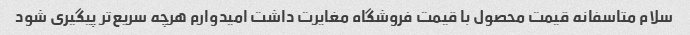
سلام متاسفانه قیمت محصول با قیمت فروشگاه مغایرت داشت امیدوارم هرچه سریع‌تر پیگیری شود